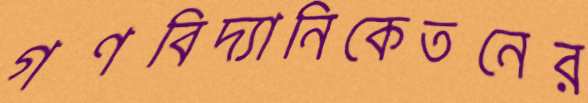
গণবিদ্যানিকেতনের